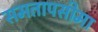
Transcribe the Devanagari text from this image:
समतापसीमा